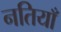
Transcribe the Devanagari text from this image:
नतियाँ